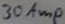
Text: 30Amp